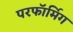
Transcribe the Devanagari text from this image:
परफॉर्मिग